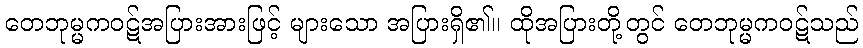
တေဘုမ္မကဝဋ်အပြားအားဖြင့် များသော အပြားရှိ၏။ ထိုအပြားတို့တွင် တေဘုမ္မကဝဋ်သည်